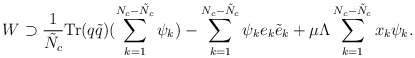
\begin{align*}W\supset\frac{1}{\tilde{N}_c}\textup{Tr}(q\tilde{q})(\sum_{k=1}^{N_c-\tilde{N}_c}\psi_k)-\sum_{k=1}^{N_c-\tilde{N}_c}\psi_ke_k\tilde{e}_k+\mu\Lambda\sum_{k=1}^{N_c-\tilde{N}_c}x_k\psi_k.\end{align*}